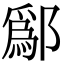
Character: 鄬